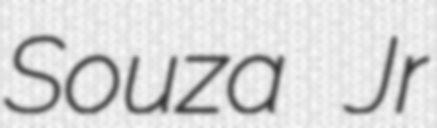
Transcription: Souza Jr